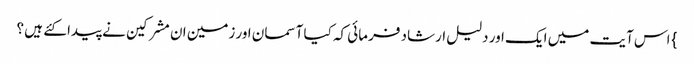
} اس آیت میں ایک اور دلیل ارشاد فرمائی کہ کیا آسمان اور زمین ان مشرکین نے پیدا کئے ہیں ؟